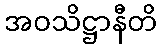
အဝသိဋ္ဌာနီတိ